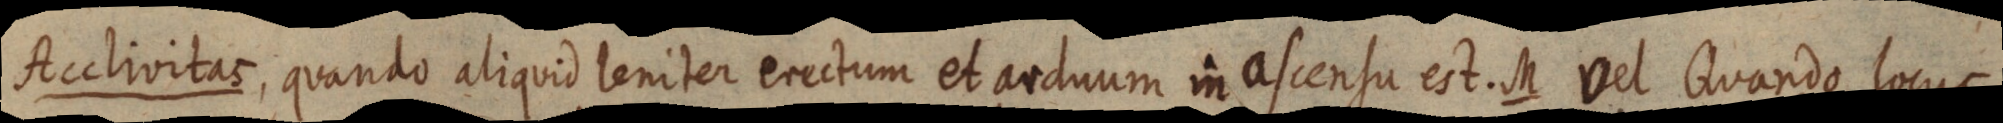
Acclivitas, quando aliquid leniter erectum et arduum in ascensu est. M Vel Quando locus